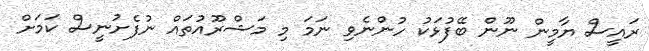
ރައީސް ޔާމީން ނޫން ބޭފުޅަކު ހުންނެވި ނަމަ މި މަޝްރޫއުތައް ނުފެށުނީސް ކަމަށް